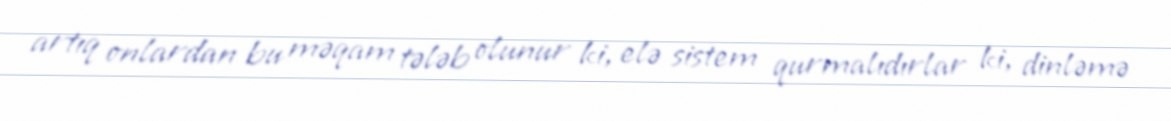
artıq onlardan bu məqam tələb olunur ki, elə sistem qurmalıdırlar ki, dinləmə